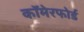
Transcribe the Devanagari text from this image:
कॉमेरफोर्ड